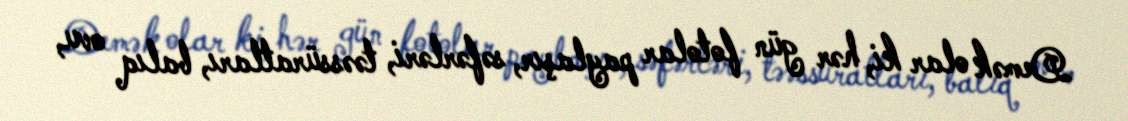
Demək olar ki, hər gün fotolar paylaşır, səfərləri, təəssüratları, balıq ovu,